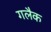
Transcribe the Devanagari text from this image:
गलैक